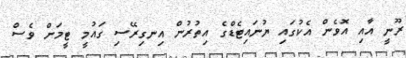
ރޫނީ އާއި އޮވެން އެކުގައި ޔުނައިޓެޑްގެ އިތުރުން އިނގިރޭސި ގައުމީ ޓީމަށް ވެސް